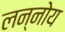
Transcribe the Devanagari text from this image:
लन्नोय